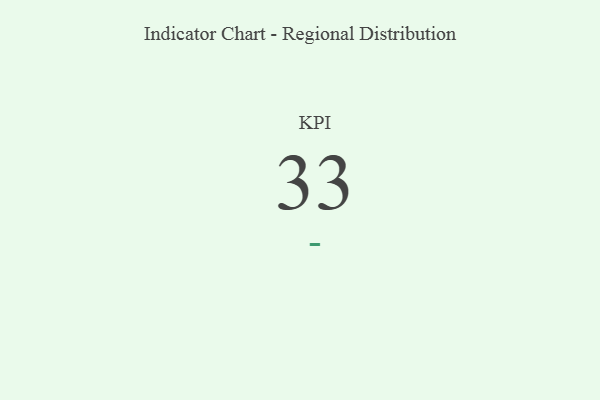
{"axis": {"x": "KPI", "y": "Value"}, "legend": [""], "data": [{"x": "KPI", "y": 33, "type": ""}]}